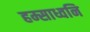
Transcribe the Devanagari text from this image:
हम्साध्वनि